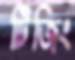
টিজিং